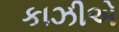
કાઝીએ